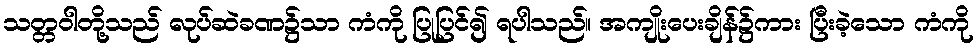
သတ္တဝါတို့သည် လုပ်ဆဲခဏ၌သာ ကံကို ပြုပြင်၍ ရပါသည်။ အကျိုးပေးချိန်၌ကား ပြီးခဲ့သော ကံကို